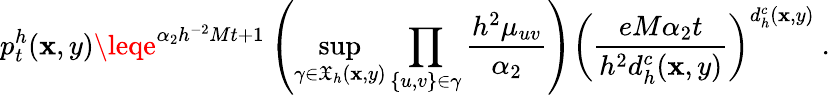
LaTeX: p_{t}^{h}(\mathbf{x},y)\leqe^{\alpha_{2}h^{-2}Mt+1}\left(\operatorname*{sup}_{\gamma\in\mathfrak{{X}}_{h}(\mathbf{x},y)}\prod_{\{ u,v\} \in\gamma}\frac{{h^{2}\mu_{uv}}}{{\alpha_{2}}}\right)\left(\frac{{eM\alpha_{2}t}}{{h^{2}d_{h}^{c}(\mathbf{x},y)}}\right)^{d_{h}^{c}(\mathbf{x},y)}\ .